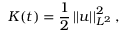
K ( t ) = \frac { 1 } { 2 } \left| \left| \boldsymbol { u } \right| \right| _ { L ^ { 2 } } ^ { 2 } ,